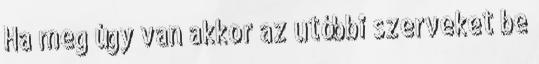
Ha meg úgy van akkor az utóbbi szerveket be